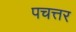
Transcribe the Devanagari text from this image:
पचत्तर